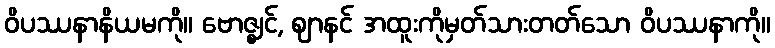
ဝိပဿနာနိယမကို။ ဗောဇ္ဈင်, ဈာနင် အထူးကိုမှတ်သားတတ်သော ဝိပဿနာကို။